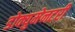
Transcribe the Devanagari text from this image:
डोक्युमेनटरी